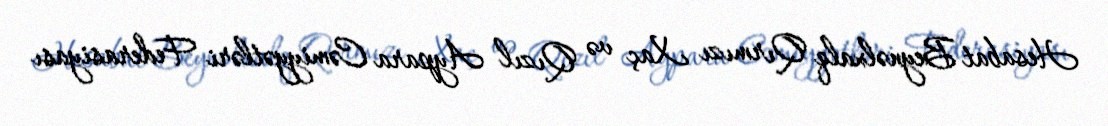
Hesabat Beynəlxalq Qırmızı Xaç və Qızıl Aypara Cəmiyyətləri Federasiyası